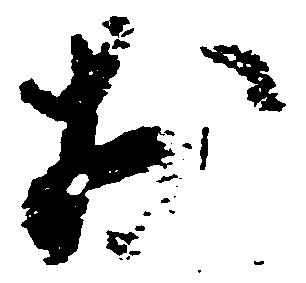
於